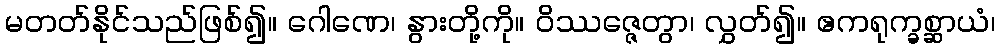
မတတ်နိုင်သည်ဖြစ်၍။ ဂေါဏေ၊ နွားတို့ကို။ ဝိဿဇ္ဇေတွာ၊ လွှတ်၍။ ဧကရုက္ခစ္ဆာယံ၊